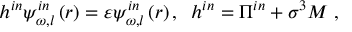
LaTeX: h ^ { i n } \psi _ { \omega , l } ^ { i n } \left( r \right) = \varepsilon \psi _ { \omega , l } ^ { i n } \left( r \right) , \; \; h ^ { i n } = \Pi ^ { i n } + \sigma ^ { 3 } M \; ,